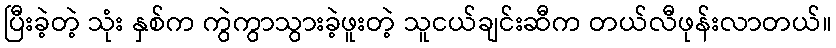
ပြီးခဲ့တဲ့ သုံး နှစ်က ကွဲကွာသွားခဲ့ဖူးတဲ့ သူငယ်ချင်းဆီက တယ်လီဖုန်းလာတယ်။